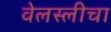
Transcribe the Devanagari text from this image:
वेलस्लीचा